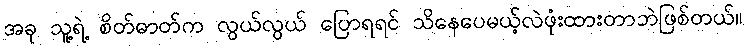
အခု သူ့ရဲ့ စိတ်ဓာတ်က လွယ်လွယ် ပြောရရင် သိနေပေမယ့်လဲဖုံးထားတာဘဲဖြစ်တယ်။